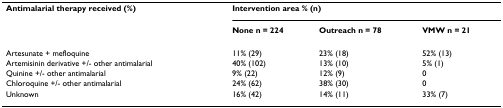
| Antimalarial therapy received (%) | <COLSPAN=3> Intervention area % (n) |
 |  | None n = 224 | Outreach n = 78 | VMW n = 21 |
 | --- | --- | --- | --- |
 | Artesunate + mefloquine | 11% (29) | 23% (18) | 52% (13) |
 | Artemisinin derivative +/- other antimalarial | 40% (102) | 13% (10) | 5% (1) |
 | Quinine +/- other antimalarial | 9% (22) | 12% (9) | 0 |
 | Chloroquine +/- other antimalarial | 24% (62) | 38% (30) | 0 |
 | Unknown | 16% (42) | 14% (11) | 33% (7) |